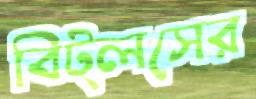
বিট্লসের